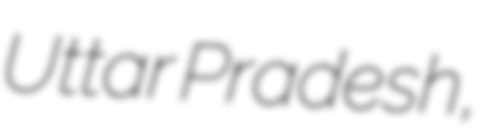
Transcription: Uttar Pradesh,